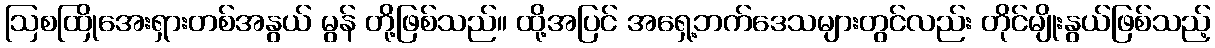
ဩစထြိုအေးရှားတစ်အနွယ် မွန် တို့ဖြစ်သည်။ ထို့အပြင် အရှေ့ဘက်ဒေသများတွင်လည်း တိုင်မျိုးနွယ်ဖြစ်သည့်